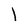
Character: l